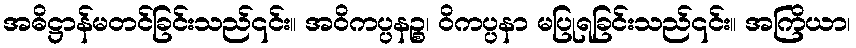
အဓိဋ္ဌာန်မတင်ခြင်းသည်၎င်း။ အဝိကပ္ပနဉ္စ၊ ဝိကပ္ပနာ မပြုရခြင်းသည်၎င်း။ အကြိယာ၊